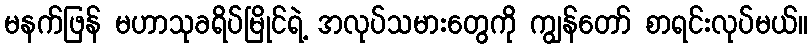
မနက်ဖြန် မဟာသုခရိပ်မြိုင်ရဲ့ အလုပ်သမားတွေကို ကျွန်တော် စာရင်းလုပ်မယ်။